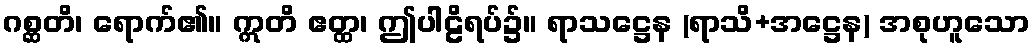
ဂစ္ဆတိ၊ ရောက်၏။ ဣတိ ဧတ္ထ၊ ဤပါဠိရပ်၌။ ရာသဋ္ဌေန (ရာသိ+အဋ္ဌေန) အစုဟူသော